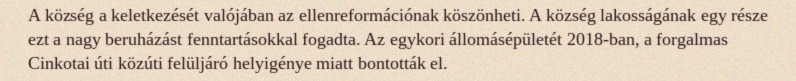
A község a keletkezését valójában az ellenreformációnak köszönheti. A község lakosságának egy része ezt a nagy beruházást fenntartásokkal fogadta. Az egykori állomásépületét 2018-ban, a forgalmas Cinkotai úti közúti felüljáró helyigénye miatt bontották el.